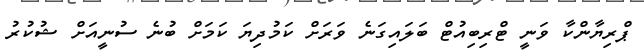
ޕްރިޔާންކާ ވަނީ ޓްރިބިއުޓް ބަލައިގަނެ ވަރަށް ކަމުދިޔަ ކަމަށް ބުނެ ސުނީއަށް ޝުކުރު